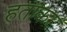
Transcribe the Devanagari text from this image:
हताकर